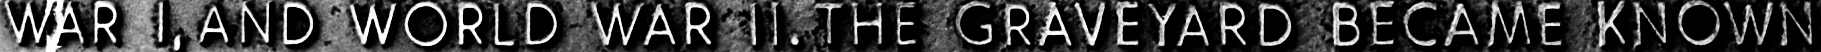
WAR I, AND WORLD WAR II. THE GRAVEYARD BECAME KNOWN